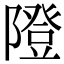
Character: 隥